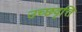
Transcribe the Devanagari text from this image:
उच्छवृत्ति